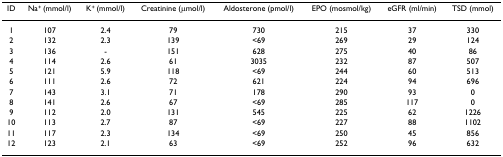
| ID | Na+ (mmol/l) | K+ (mmol/l) | Creatinine (μmol/l) | Aldosterone (pmol/l) | EPO (mosmol/kg) | eGFR (ml/min) | TSD (mmol) |
 | --- | --- | --- | --- | --- | --- | --- | --- |
 | 1 | 107 | 2.4 | 79 | 730 | 215 | 37 | 330 |
 | 2 | 132 | 2.3 | 139 | <69 | 269 | 29 | 124 |
 | 3 | 136 | - | 151 | 628 | 275 | 40 | 86 |
 | 4 | 114 | 2.6 | 61 | 3035 | 232 | 87 | 507 |
 | 5 | 121 | 5.9 | 118 | <69 | 244 | 60 | 513 |
 | 6 | 111 | 2.6 | 72 | 621 | 224 | 94 | 696 |
 | 7 | 143 | 3.1 | 71 | 178 | 290 | 93 | 0 |
 | 8 | 141 | 2.6 | 67 | <69 | 285 | 117 | 0 |
 | 9 | 112 | 2.0 | 131 | 545 | 225 | 62 | 1226 |
 | 10 | 113 | 2.7 | 87 | <69 | 227 | 88 | 1102 |
 | 11 | 117 | 2.3 | 134 | <69 | 250 | 45 | 856 |
 | 12 | 123 | 2.1 | 63 | <69 | 252 | 96 | 632 |